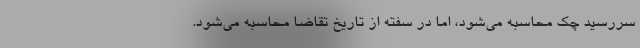
سررسید چک محاسبه می‌شود، اما در سفته از تاریخ تقاضا محاسبه می‌شود.